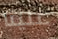
علينا